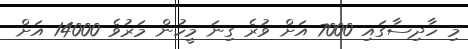
މި ހާދިސާގައި 7000 އަށް ވުރެ ގިނަ މީހުން މަރުވެ 14000 އަށް